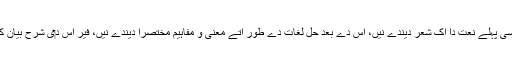
مولیانا اویسی پہلے نعت دا اک شعر دیندے نيں، اس دے بعد حل لغات دے طور اُتے معنی و مفاہیم مختصرا دیندے نيں، فیر اس د‏ی شرح بیان کردے نيں۔